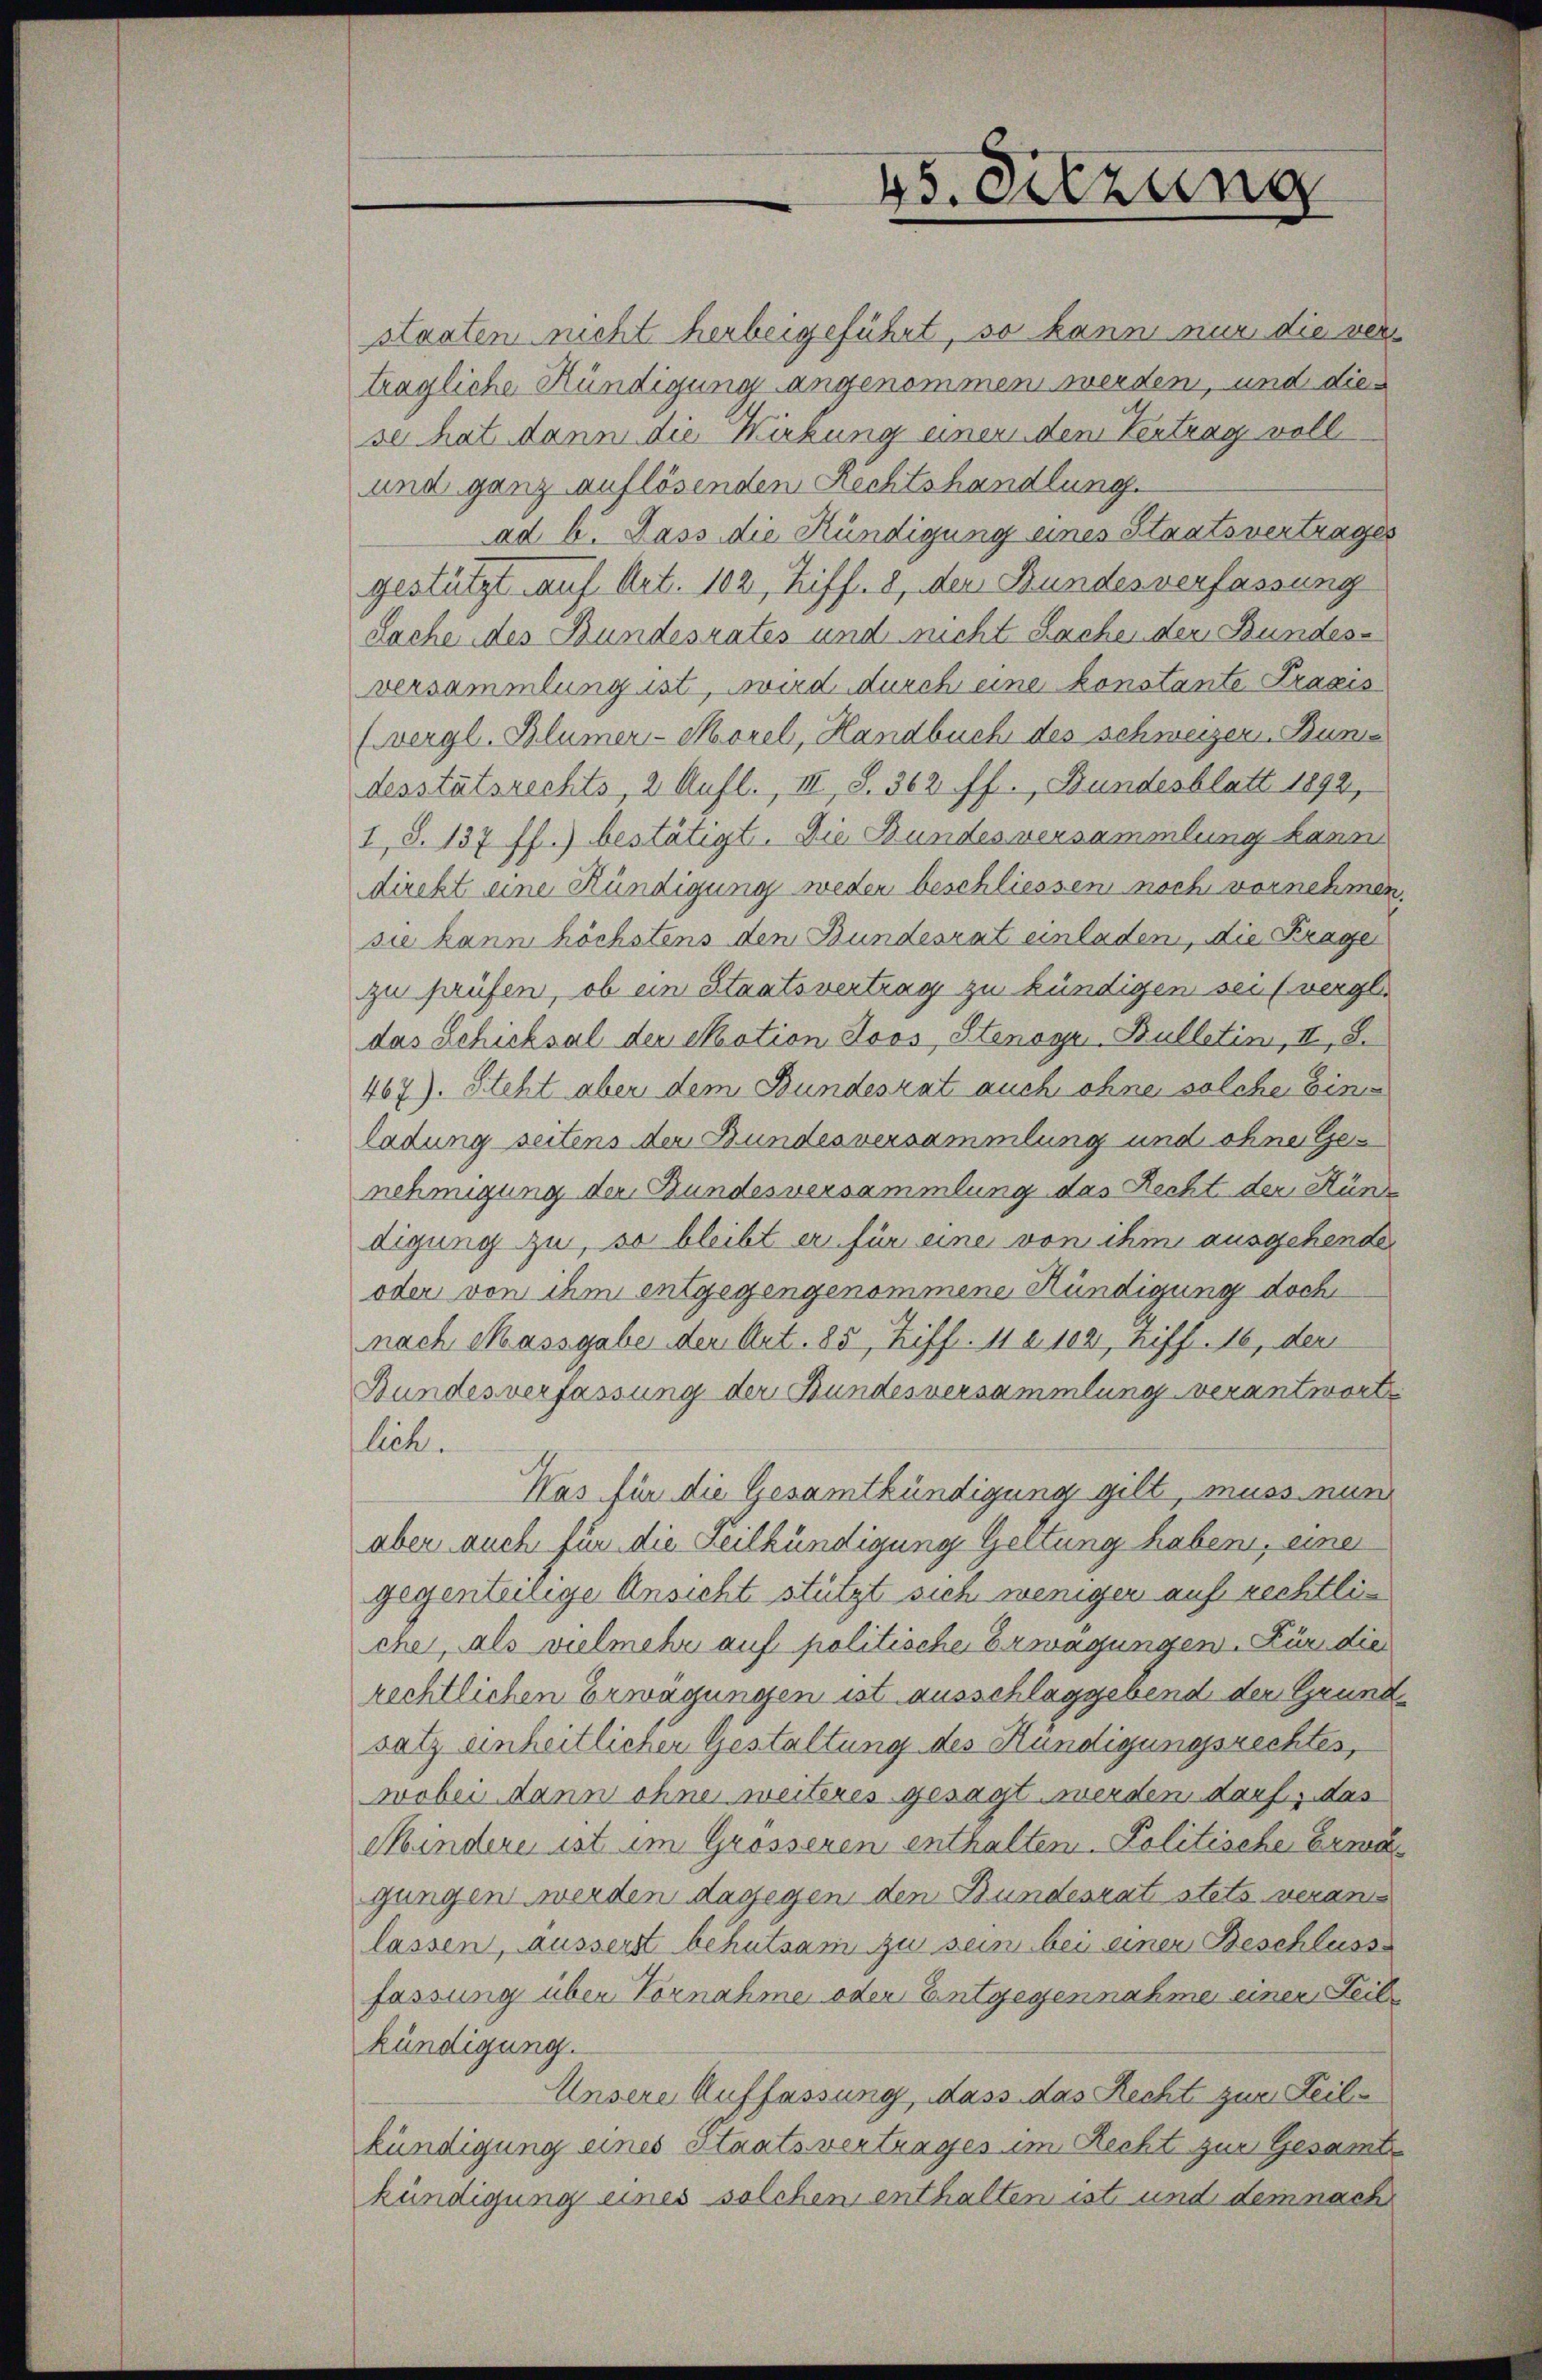
45. Sitzung

staaten nicht herbeigeführt, so kann nur die verträgliche Kündigung angenommen werden, und dies
se hat dann die Wirkung einen dem Vertrag voll
und ganz auflösenden Rechtshandlung.
ad b. Dass die Kündigung eines Staatsvertrages
gestützt auf Art. 102, Ziff. 8, der Bundesverfassung
Sache des Bundesrates und nicht Sache der Bundesversammlung ist, wird durch eine konstante Praxis
(vergl. Blümer-Morel, Handbuch des Schweizer. Buns
desstätsrechts, 2. Aufl., III, S. 362 ff., Bundesblatt 1892,
I, S. 137 ff.) bestätigt. Die Bundes versammlung kann
direkt eine Kündigung weder beschliessen noch vornehmen.
sie kann höchstens dem Bundesrat einladen, die Frage
zu prüfen, ob ein Staatsvertrag zu kündigen sei (vergl.
das Schicksal der Skation Joos, Stenoge Bulletin, II, 8.
467). Steht aber dem Bundesrat auch ohne solche Eine
ladung seitens der Bundesversammlung und ohne Genehmigung der Bundesversammlung das Recht der Hüne
digung zu, so bleibt er für eine von ihm ausgehende
oder von ihm entgegengenommene Kündigung doch
nach Massgabe der Art. 85, Ziff. 112. 102, triff. 16, der
Bundesverfassung der Bundesversammlung verantwort
lich.
Was für die Gesamtkündigung gilt, muss nun
aber auch für die Feilkündigung Geltung haben, einer
gegenteilige Ansicht stützt sich wenigen auf rechtliche, als vielmehr auf politische Erwägungen. Für die
Rechtlichen Erwägungen ist ausschlaggebend der Grundsatz einheitlicher Gestaltung des Kündigungsrechtes,
wobei dann ohne weiteres gesagt werden darf, das
Mindere ist im Grosseren enthalten. Politische Ermagungen werden dagegen den Bundesrat stets veran
lassen, äusserst behutsam zu sein bei einer Beschlusse
fassung über Vornahme oder Entgegennahme einer Leibe
kündigung.
Unsere Auffassung, dass das Recht zur Zeiles
kündigung eines Staatsvertrages im Recht zur Gesamte
kündigung eines solchen enthalten ist und dem nach